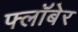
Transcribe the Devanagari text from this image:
फ्लॉबेर